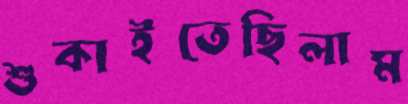
শুকাইতেছিলাম